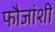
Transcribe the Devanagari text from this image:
फौजांशी